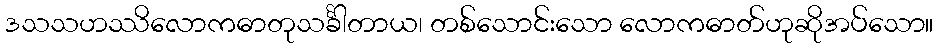
ဒသသဟဿိလောကဓာတုသင်္ခါတာယ၊ တစ်သောင်းသော လောကဓာတ်ဟုဆိုအပ်သော။